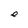
Character: e